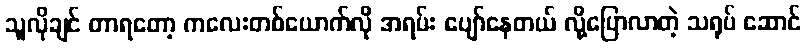
သူလိုချင် တာရတော့ ကလေးတစ်ယောက်လို အရမ်း ပျော်နေတယ် လို့ပြောလာတဲ့ သရုပ် ဆောင်